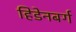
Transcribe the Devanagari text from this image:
हिडेनबर्ग